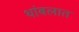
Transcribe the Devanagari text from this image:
थांबलात